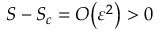
S - S _ { c } = { O } \! \left( { \varepsilon } ^ { 2 } \right) > 0